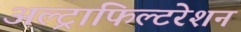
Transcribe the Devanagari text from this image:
अल्ट्राफिल्टरेशन